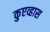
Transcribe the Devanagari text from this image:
कुएव्हास